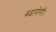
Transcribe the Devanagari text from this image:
बढायेगी।